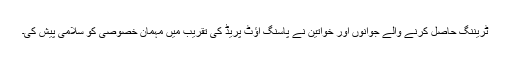
ٹریننگ حاصل کرنے والے جوانوں اور خواتین نے پاسنگ آؤٹ پریڈ کی تقریب میں مہمان خصوصی کو سلامی پیش کی۔